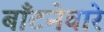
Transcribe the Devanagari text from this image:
बाँटनेवारे